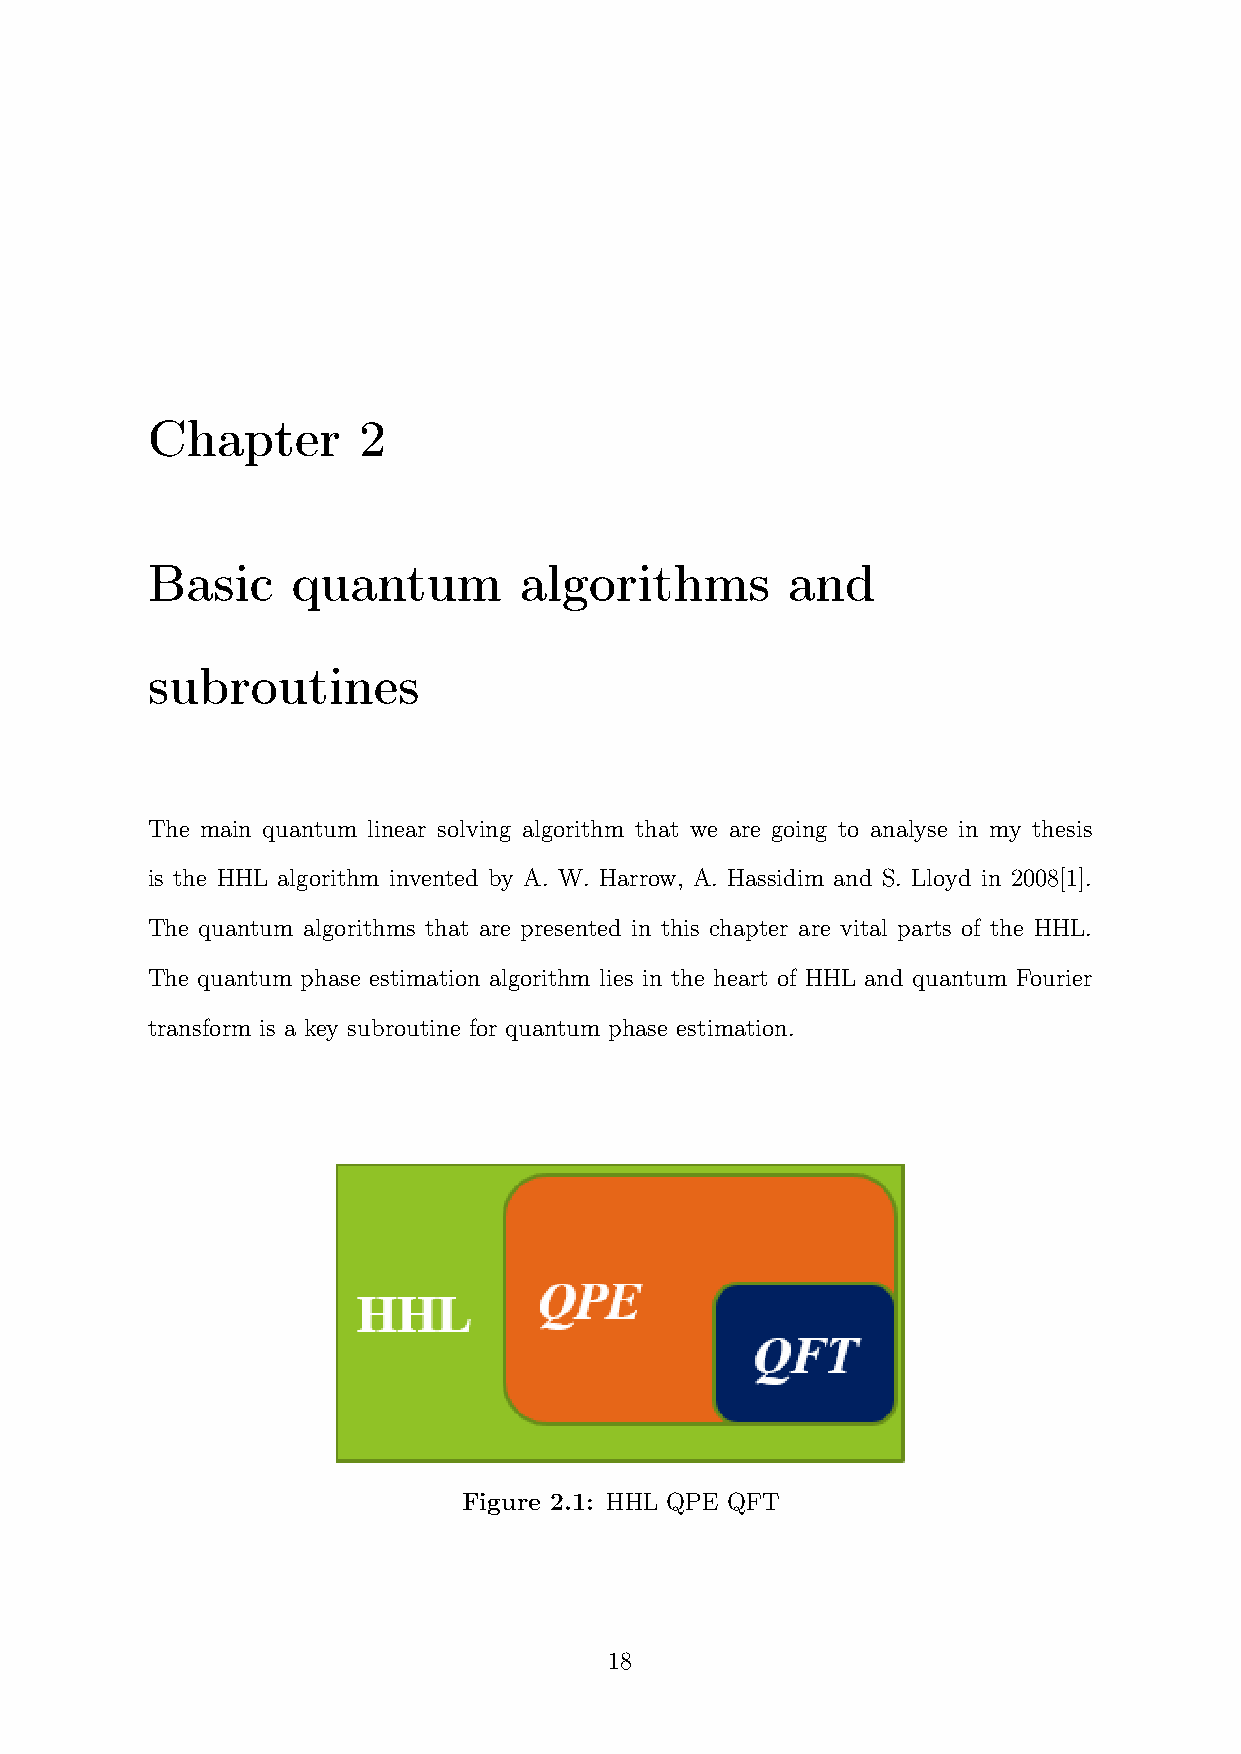
Chapter       2
 Basic    quantum        algorithms        and
 subroutines
 The main quantum linear solving algorithm that we are going to analyse in my thesis
 is the HHL algorithm invented by A. W. Harrow, A. Hassidim and S. Lloyd in 2008[1].
 The quantum algorithms that are presented in this chapter are vital parts of the HHL.
 The quantum phase estimation algorithm lies in the heart of HHL and quantum Fourier
 transform is a key subroutine for quantum phase estimation.
 Figure 2.1: HHL QPE QFT
 18